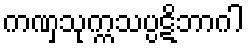
ကဏှသုက္ကသပ္ပဋိဘာဂါ